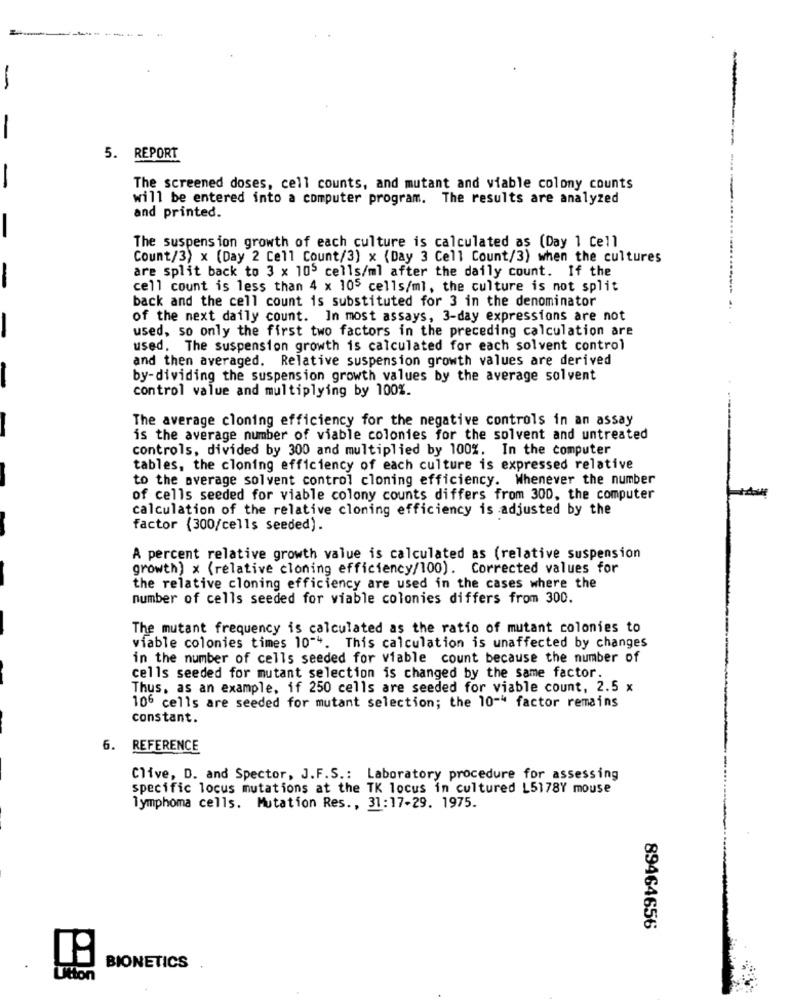
---
-
5. REPORT
-
The screened doses, cell counts, and mutant and viable colony counts
will be entered into a computer program. The results are analyzed
and printed.
-
The suspension growth of each culture is calculated as (Day 1 Cell
Count/3) x (Day 2 Cell Count/3) x (Day 3 Cell Count/3) when the cultures
are split back to 3 x 105 cells/ml after the daily count. If the
-
cell count is less than 4 x 105 cells/ml, the culture is not split
back and the cell count is substituted for 3 in the denominator
of the next daily count. In most assays, 3-day expressions are not
used, so only the first two factors in the preceding calculation are
used. The suspension growth is calculated for each solvent control
and then averaged. Relative suspension growth values are derived
by-dividing the suspension growth values by the average solvent
control value and multiplying by 100%.
The average cloning efficiency for the negative controls in an assay
is the average number of viable colonies for the solvent and untreated
controls, divided by 300 and multiplied by 100%. In the computer
tables, the cloning efficiency of each culture is expressed relative
to the average solvent control cloning efficiency. Whenever the number
of cells seeded for viable colony counts differs from 300, the computer
calculation of the relative cloning efficiency is adjusted by the
factor (300/cells seeded).
A percent relative growth value is calculated as (relative suspension
growth) x (relative cloning efficiency/100). Corrected values for
the relative cloning efficiency are used in the cases where the
number of cells seeded for viable colonies differs from 300.
The mutant frequency is calculated as the ratio of mutant colonies to
viable colonies times 10"4. This calculation is unaffected by changes
in the number of cells seeded for viable count because the number of
cells seeded for mutant selection is changed by the same factor.
Thus, as an example, if 250 cells are seeded for viable count, 2.5 x
106 cells are seeded for mutant selection; the 10-4 factor remains
constant.
6. REFERENCE
Clive, D. and Spector, J.F.S .: Laboratory procedure for assessing
specific locus mutations at the TK locus in cultured L5178Y mouse
lymphoma cells. Mutation Res ., 31:17-29. 1975.
89464656
BIONETICS
Utton